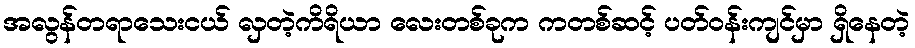
အလွန်တရာသေးငယ် လှတဲ့ကိရိယာ လေးတစ်ခုက ကတစ်ဆင့် ပတ်ဝန်းကျင်မှာ ရှိနေတဲ့